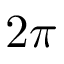
2 \pi